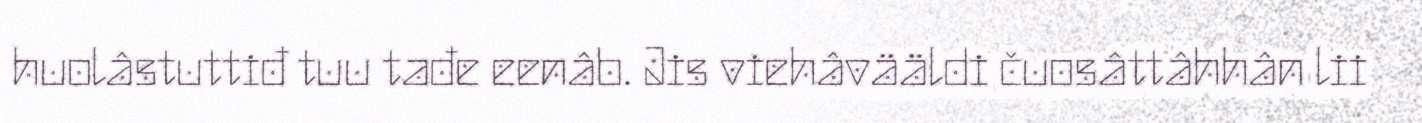
huolâstuttiđ tuu tađe eenâb. Jis viehâvääldi čuosâttâhhân lii